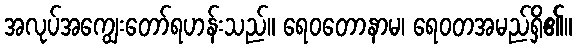
အလုပ်အကျွေးတော်ရဟန်းသည်။ ရေဝတောနာမ၊ ရေဝတအမည်ရှိ၏။